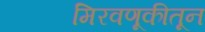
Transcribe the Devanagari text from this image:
मिरवणूकीतून